Report on vaccination in Madras 1904-1921 - 1904-1921
Year: 1904
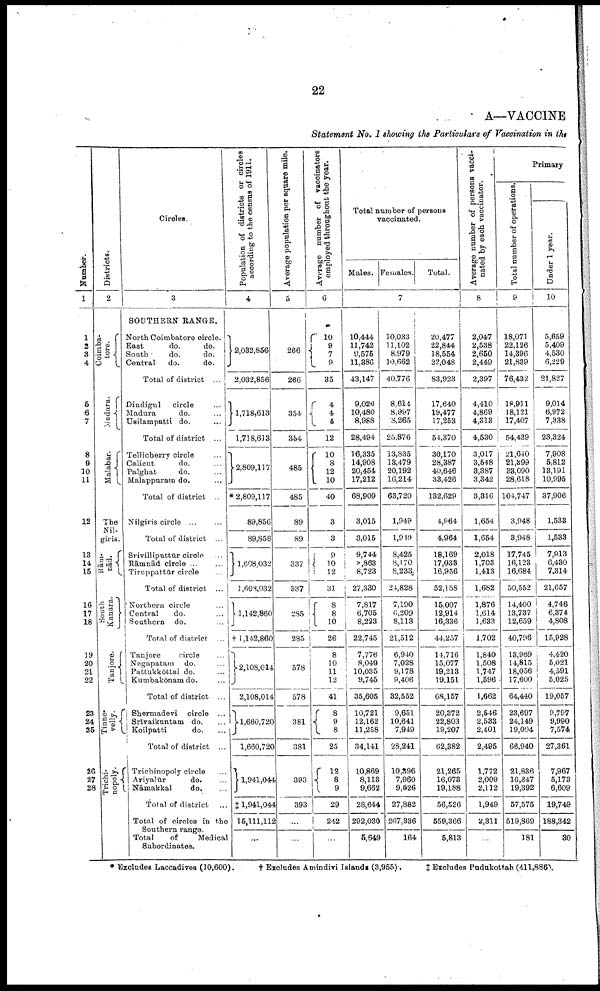
22
A—VACCINE
Statement No. I showing the Particulars of Vaccination in the
Number.
1
1
2
3
4
5
6
7
8
9
10
11
12
13
14
15
16
17
18
19
20
21
22
23
24
25
26
27
28
Districts.
2
Coimba-
tore.
Madura.
Malabar.
The
Nil-
giris.
Rām-
nād.
South
Kanara.
Tanjore.
Tinne-
velly.
Trichi-
nopoly.
Circles.
3
SOUTHERN RANGE.
North Coimbatore circle.
East
do.
do.
South
do.
do.
Central
do.
do.
Total of district ...
Dindigul
circle ...
Madura
do. ...
Usilampatti do. ...
Total of district ...
Tellicherry circle ...
Calicut
do. ...
Palghat
do. ...
Malappuram do. ...
Total of district ...
Nilgiris circle ... ...
Total of district ...
Srivilliputtūr circle ...
Rāmnād circle ... ...
Tiruppattūr circle ...
Total of district ...
Northern circle ...
Central
do. ...
Southern do. ...
Total of district ...
Tanjore
circle ...
Negapatam do. ...
Pattukkōttai do. ...
Kumbakōnam do. ...
Total of district ...
Shermadevi circle ...
Srivaikuntam do. ...
Koilpatti
do. ...
Total of district ...
Trichinopoly circle ...
Ariyalūr
do. ...
Nāmakkal
do. ...
Total of district
Total of circles in the
Southern range.
Total
of
Medical
Subordinates.
Population of districts or circles
according to the census of 1911.
4
2,032,856
2,032,856
1,718,613
1,718,613
2,809,117
* 2,809,117
89,856
89,856
1,608,032
1 ,608,032
1,142,860
† 1,142,860
2,108,014
2,108,014
1,660,720
1,660,720
1,941,044
‡ 1,941,044
15,111,112
...
Average population per square mile.
5
266
266
354
354
485
485
89
89
337
337
285
285
578
578
381
381
393
393
...
...
Average number of vaccinators
employed throughout the year.
6
10
9
7
9
35
4
4
4
12
10
8
12
10
40
3
3
9
10
12
31
8
8
10
26
8
10
11
12
41
8
9
8
25
12
8
9
29
242
...
Total number of persons
vaccinated.
Males. Females.
Total.
7
10,444
11,742
9,575
11,386
43,147
9,026
10,480
8,988
28,494
16,335
14,908
20,454
17,212
68,909
3,015
3,015
9,744
8,863
8,723
27,330
7,817
6,705
8,223
22,745
7,776
8,049
10,035
9,745
35,605
10,721
12,162
11,258
34,141
10,869
8,113
9,662
28,644
292,030
5,649
10,033
11,102
8,979
10,662
40,776
8,614
8,997
8,265
25,876
13,835
13,479
20,192
16,214
63,720
1,949
1,949
8,425
8,170
8,233
24,828
7,190
6,209
8,113
21,512
6,940
7,028
9,178
9,406
32,552
9,651
10,641
7,949
28,241
10,396
7,960
9,526
27,882
267,336
164
20,477
22,844
18,554
22,048
83,923
17,640
19,477
17,253
54,370
30,170
28,387
40,646
33,426
132,629
4,964
4,964
18,169
17,033
16,956
52,158
15,007
12,914
16,336
44,257
14,716
15,077
19,213
19,151
68,157
20,372
22,803
19,207
62,382
21,265
16,073
19,188
56,526
559,366
5,813
Average number of persons vacci
nated by each vaccinator.
8
2,047
2,538
2,650
2,449
2,397
4,410
4,869
4,313
4,530
3,017
3,548
3,387
3,342
3,316
1,654
1,654
2,018
1,703
1,413
1,682
1,876
1,614
1,633
1,702
1,840
1,508
1,747
1,596
1,662
2,546
2,533
2,401
2,495
1,772
2,009
2,112
1,949
2,311
...
Primary
Total number of operations.
9
18,071
22,126
14,396
21,839
76,432
18,911
18,121
17,407
54,439
21,640
21,399
33,090
28,618
104,747
3,948
3,948
17,745
16,123
16,684
50,552
14,400
13,737
12,659
40,796
13,969
14,815
18,056
17,600
64,440
23,697
24,149
19,094
66,940
21,836
16,347
19,392
57,575
519,869
181
Under 1 year.
10
5,659
5,409
4,530
6,229
21,827
9,014
6,972
7,338
23,324
7,908
5,812
13,191
10,995
37,906
1,533
1,533
7,913
6,430
7,314
21,657
4,746
6,374
4,808
15,928
4,420
5,021
4,591
5,025
19,057
9,797
9,990
7,574
27,361
7,967
5,173
6,609
19,749
188,342
30
* Excludes Laccadives (10,600).
† Excludes Amindivi Islands (3,955).
‡ Excludes Pudukottah (411,886).